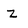
Character: Z